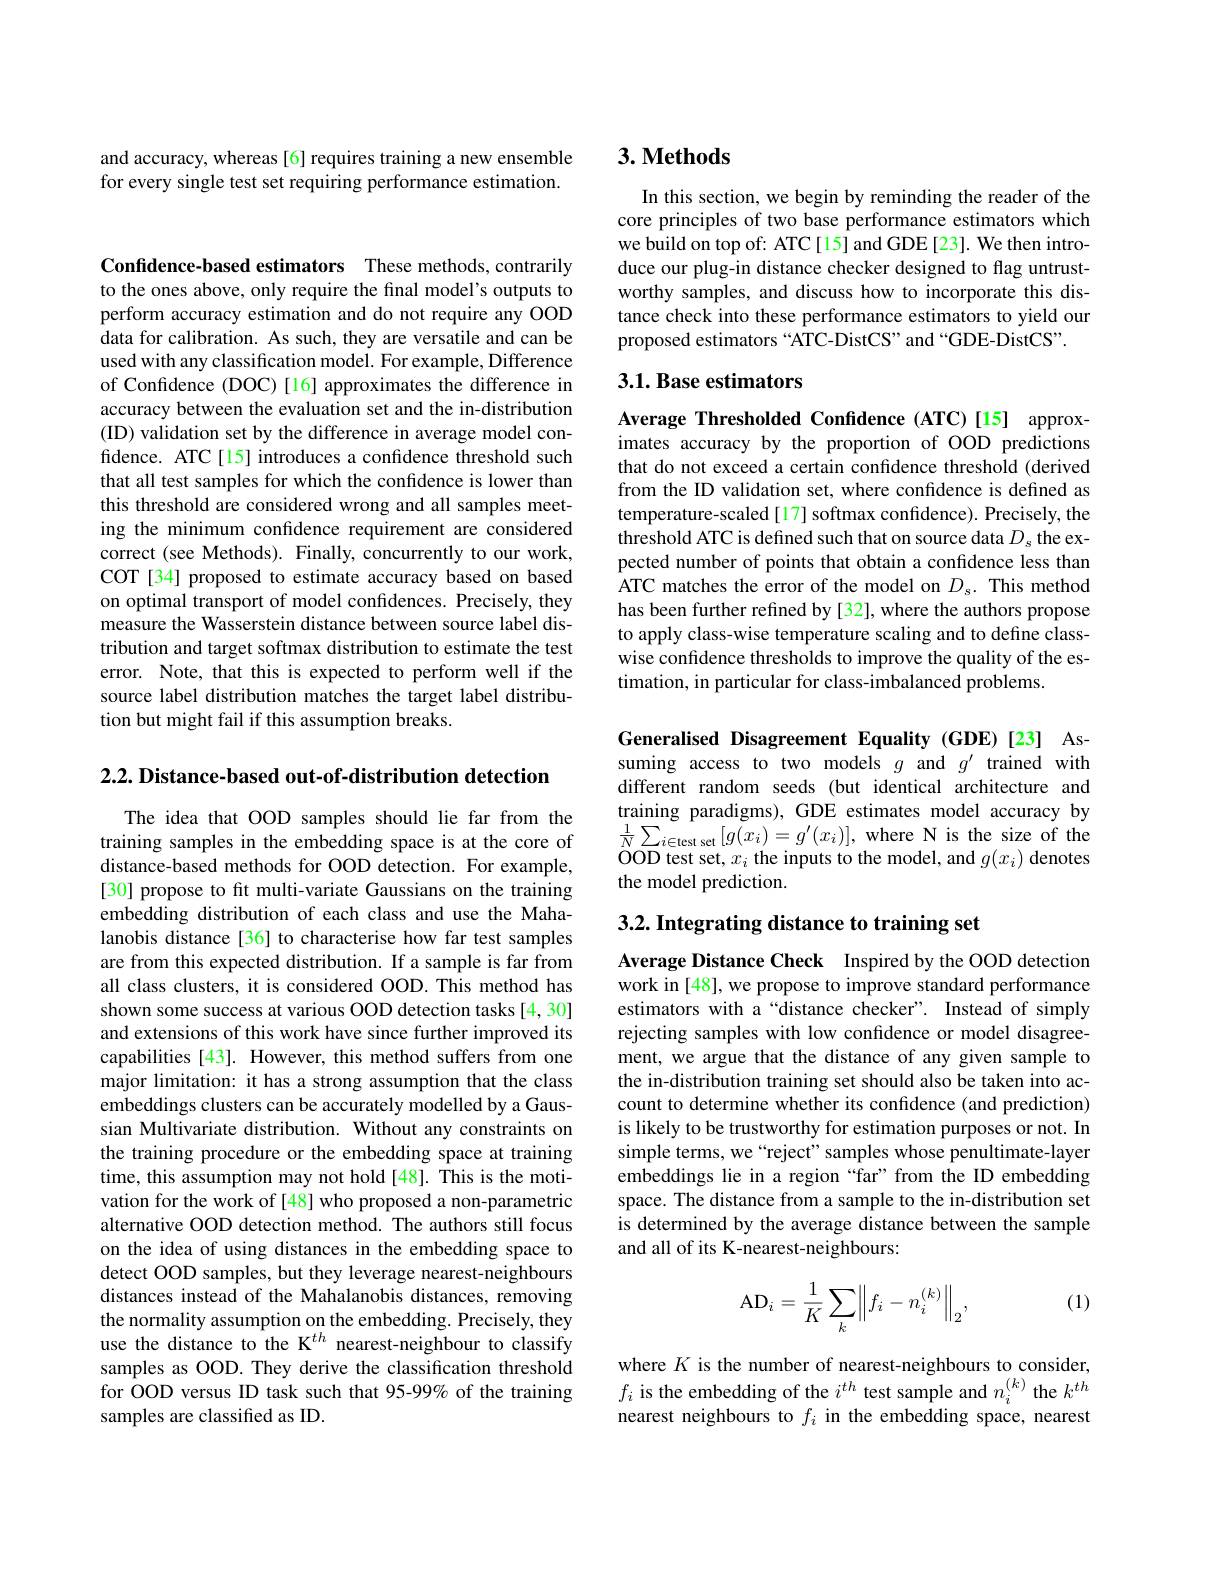
and accuracy, whereas [6] requires training a new ensemble for every single test set requiring performance estimation.

Confidence-based estimators These methods, contrarily

to the ones above, only require the final model's outputs to perform accuracy estimation and do not require any OOD data for calibration. As such, they are versatile and can be used with any classification model. For example, Difference of Confdence (DOC)[16] approximates the difference in accuracy between the evaluation set and the in-distribution (ID) validation set by the difference in average model confidence. ATC[15] introduces a confidence threshold such that all test samples for which the confidence is lower than this threshold are considered wrong and all samples meeting the minimum confidence requirement are considered correct (see Methods). Finally, concurrently to our work, COT [34] proposed to estimate accuracy based on based on optimal transport of model confidences. Precisely, they measure the Wasserstein distance between source label distribution and target softmax distribution to estimate the test error. Note, that this is expected to perform well if the source label distribution matches the target label distribution but might fail if this assumption breaks.

$2. 2. \textbf{ Distance- based out- of- distribution detection}$

The idea that OOD samples should lie far from the training samples in the embedding space is at the core of distance-based methods for OOD detection. For example, [30] propose to fit multi-variate Gaussians on the training embedding distribution of each class and use the Mahalanobis distance [36] to characterise how far test samples are from this expected distribution. If a sample is far from all class clusters, it is considered OOD. This method has shown some success at various OOD detection tasks [4,30] and extensions of this work have since further improved its capabilities [43]. However, this method suffers from one major limitation: it has a strong assumption that the class embeddings clusters can be accurately modelled by a Gaussian Multivariate distribution. Without any constraints on the training procedure or the embedding space at training time, this assumption may not hold [48]. This is the motivation for the work of [48] who proposed a non-parametric alternative OOD detection method. The authors still focus on the idea of using distances in the embedding space to detect OOD samples, but they leverage nearest-neighbours distances instead of the Mahalanobis distances, removing the normality assumption on the embedding. Precisely, they use the distance to the K$^{th}$ nearest-neighbour to classify samples as OOD. They derive the classification threshold for OOD versus ID task such that 95-99% of the training samples are classified as ID.

# 3. Methods

In this section, we begin by reminding the reader of the core principles of two base performance estimators which we build on top of: ATC[15] and GDE[23]. We then introduce our plug-in distance checker designed to flag untrustworthy samples, and discuss how to incorporate this distance check into these performance estimators to yield our proposed estimators “ATC-DistCS” and“GDE-DistCS”.

## 3.1. Base estimators

Average Thresholded Confidence (ATC)[15] approximates accuracy by the proportion of OOD predictions that do not exceed a certain confidence threshold (derived from the ID validation set, where confidence is defined as temperature-scaled[17] softmax confidence). Precisely, the threshold ATC is defined such that on source data $D_s$ the expected number of points that obtain a confidence less than ATC matches the error of the model on $D_{s}.$ This method has been further refined by [32], where the authors propose to apply class-wise temperature scaling and to define classwise confidence thresholds to improve the quality of the estimation, in particular for class-imbalanced problems.

Generalised Disagreement Equality (GDE)[23] Assuming access to two models $g$ and $g^\prime$ trained with different random seeds (but identical architecture and training paradigms), GDE estimates model accuracy by $\frac{1}{N}\sum_{i\in\mathrm{test~set}}[g(x_{i})=g^{\prime}(x_{i})]$,where N is the size of the OOD tat at at tho imuta tha madal and and $a(x_{n})$ danata ${\mathrm{OOD~test~set,~}x_{i}}$ the inputs to the model, and $g(x_{i})$ denotes the model prediction.

# 3.2. Integrating distance to training set

Average Distance Check Inspired by the OOD detection work in [48], we propose to improve standard performance estimators with a“distance checker”. Instead of simply rejecting samples with low confidence or model disagreement, we argue that the distance of any given sample to the in-distribution training set should also be taken into account to determine whether its confidence (and prediction) is likely to be trustworthy for estimation purposes or not. In simple terms, we “reject” samples whose penultimate-layer embeddings lie in a region “far”from the ID embedding space. The distance from a sample to the in-distribution set is determined by the average distance between the sample and all of its K-nearest-neighbours:

(1)
$$\mathrm{AD}_i=\frac{1}{K}\sum_k\left\|f_i-n_i^{(k)}\right\|_2,$$
where $K$ is the number of nearest-neighbours to consider, $f_{i}$ is the embedding of the $i^th$ test sample and $n_i^{(k)}$ the $k^{th}$ nearest neighbours to $f_i$ in the embedding space, nearest